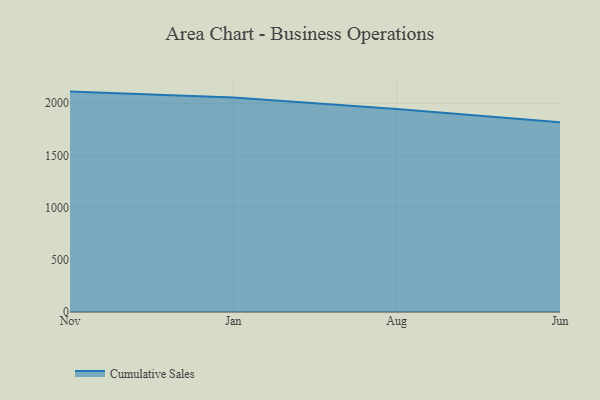
{"axis": {"x": "Month", "y": "Waste Production (Tons)"}, "legend": ["Cumulative Sales"], "data": [{"x": "Nov", "y": 2111.4, "type": "Cumulative Sales"}, {"x": "Jan", "y": 2055.3, "type": "Cumulative Sales"}, {"x": "Aug", "y": 1945.8, "type": "Cumulative Sales"}, {"x": "Jun", "y": 1817.1, "type": "Cumulative Sales"}]}